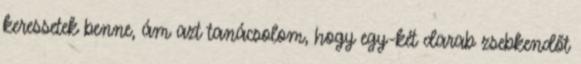
keressetek benne, ám azt tanácsolom, hogy egy-két darab zsebkendőt